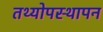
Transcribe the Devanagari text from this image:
तथ्योपस्थापन